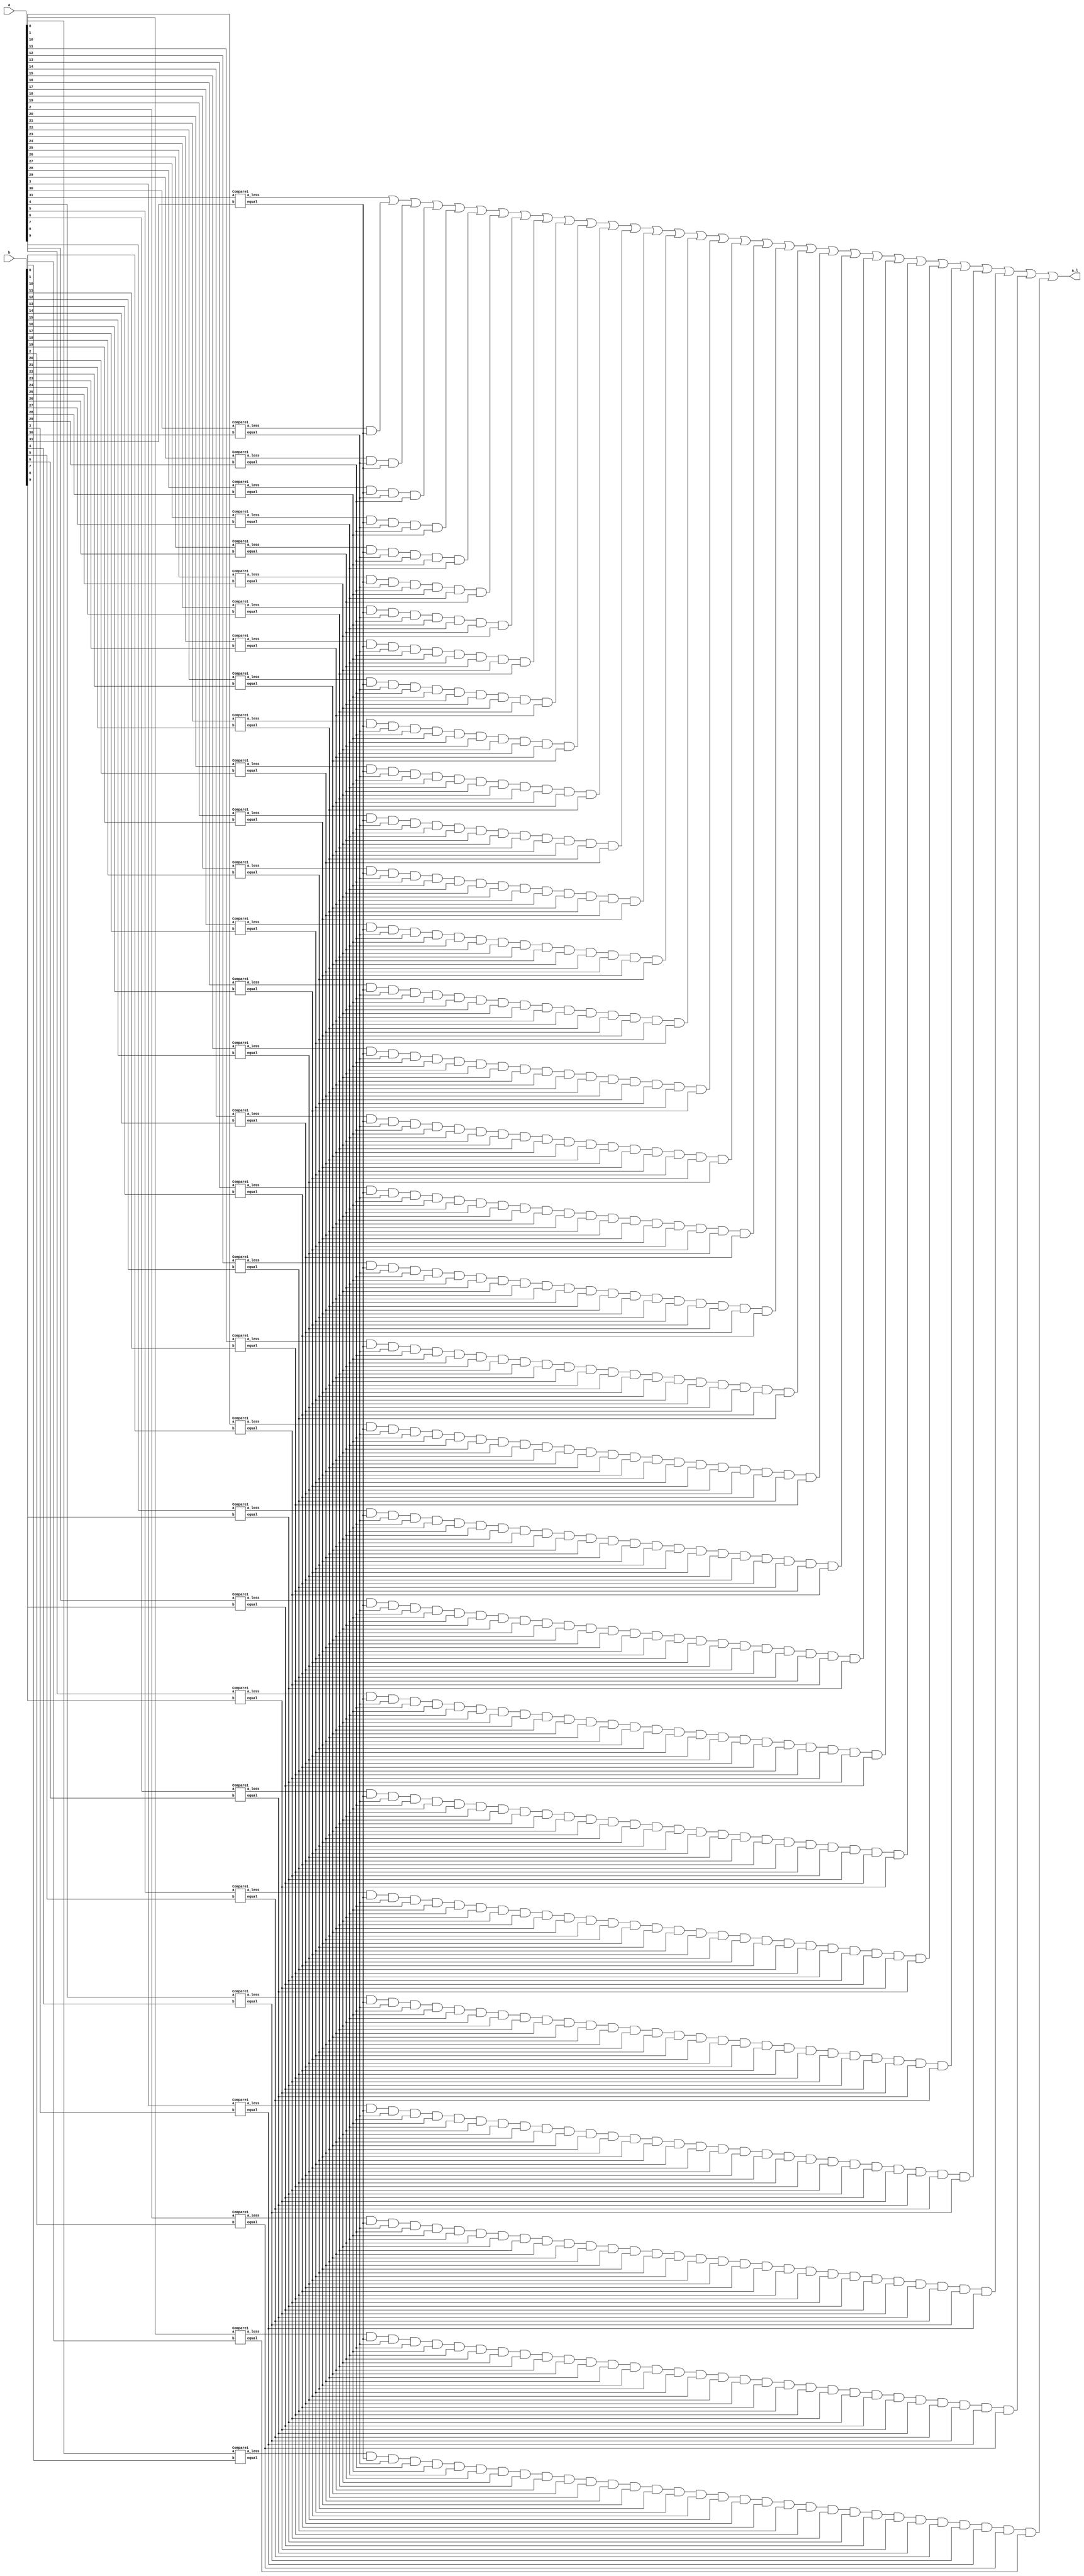
`timescale 1ns / 1ps

module comparator(
    input [31:0] a,
    input [31:0] b,
    output a_l
    );
    
    wire [31:0] E, A;
    Compare1 cp0(a[0], b[0], E[0], A[0]);
    Compare1 cp1(a[1], b[1], E[1], A[1]);
    Compare1 cp2(a[2], b[2], E[2], A[2]);
    Compare1 cp3(a[3], b[3], E[3], A[3]);
    Compare1 cp4(a[4], b[4], E[4], A[4]);
    Compare1 cp5(a[5], b[5], E[5], A[5]);
    Compare1 cp6(a[6], b[6], E[6], A[6]);
    Compare1 cp7(a[7], b[7], E[7], A[7]);
    Compare1 cp8(a[8], b[8], E[8], A[8]);
    Compare1 cp9(a[9], b[9], E[9], A[9]);
    Compare1 cp10(a[10], b[10], E[10], A[10]);
    Compare1 cp11(a[11], b[11], E[11], A[11]);
    Compare1 cp12(a[12], b[12], E[12], A[12]);
    Compare1 cp13(a[13], b[13], E[13], A[13]);
    Compare1 cp14(a[14], b[14], E[14], A[14]);
    Compare1 cp15(a[15], b[15], E[15], A[15]);
    Compare1 cp16(a[16], b[16], E[16], A[16]);
    Compare1 cp17(a[17], b[17], E[17], A[17]);
    Compare1 cp18(a[18], b[18], E[18], A[18]);
    Compare1 cp19(a[19], b[19], E[19], A[19]);
    Compare1 cp20(a[20], b[20], E[20], A[20]);
    Compare1 cp21(a[21], b[21], E[21], A[21]);
    Compare1 cp22(a[22], b[22], E[22], A[22]);
    Compare1 cp23(a[23], b[23], E[23], A[23]);
    Compare1 cp24(a[24], b[24], E[24], A[24]);
    Compare1 cp25(a[25], b[25], E[25], A[25]);
    Compare1 cp26(a[26], b[26], E[26], A[26]);
    Compare1 cp27(a[27], b[27], E[27], A[27]);
    Compare1 cp28(a[28], b[28], E[28], A[28]);
    Compare1 cp29(a[29], b[29], E[29], A[29]);
    Compare1 cp30(a[30], b[30], E[30], A[30]);
    Compare1 cp31(a[31], b[31], E[31], A[31]);
    
    
    assign a_l =  ( A[31] |
                   (A[30]&E[31]) |
                   (A[29]&E[30]&E[31]) | 
                   (A[28]&E[31]&E[30]&E[29]) |
                   (A[27]&E[31]&E[30]&E[29]&E[28]) |
                   (A[26]&E[31]&E[30]&E[29]&E[28]&E[27]) |
                   (A[25]&E[31]&E[30]&E[29]&E[28]&E[27]&E[26]) |
                   (A[24]&E[31]&E[30]&E[29]&E[28]&E[27]&E[26]&E[25]) |
                   (A[23]&E[31]&E[30]&E[29]&E[28]&E[27]&E[26]&E[25]&E[24]) |
                   (A[22]&E[31]&E[30]&E[29]&E[28]&E[27]&E[26]&E[25]&E[24]&E[23]) |
                   (A[21]&E[31]&E[30]&E[29]&E[28]&E[27]&E[26]&E[25]&E[24]&E[23]&E[22]) |
                   (A[20]&E[31]&E[30]&E[29]&E[28]&E[27]&E[26]&E[25]&E[24]&E[23]&E[22]&E[21]) |
                   (A[19]&E[31]&E[30]&E[29]&E[28]&E[27]&E[26]&E[25]&E[24]&E[23]&E[22]&E[21]&E[20]) | 
                   (A[18]&E[31]&E[30]&E[29]&E[28]&E[27]&E[26]&E[25]&E[24]&E[23]&E[22]&E[21]&E[20]&E[19]) |
                   (A[17]&E[31]&E[30]&E[29]&E[28]&E[27]&E[26]&E[25]&E[24]&E[23]&E[22]&E[21]&E[20]&E[19]&E[18]) |
                   (A[16]&E[31]&E[30]&E[29]&E[28]&E[27]&E[26]&E[25]&E[24]&E[23]&E[22]&E[21]&E[20]&E[19]&E[18]&E[17]) |
                   (A[15]&E[31]&E[30]&E[29]&E[28]&E[27]&E[26]&E[25]&E[24]&E[23]&E[22]&E[21]&E[20]&E[19]&E[18]&E[17]&E[16]) | 
                   (A[14]&E[31]&E[30]&E[29]&E[28]&E[27]&E[26]&E[25]&E[24]&E[23]&E[22]&E[21]&E[20]&E[19]&E[18]&E[17]&E[16]&E[15]) |
                   (A[13]&E[31]&E[30]&E[29]&E[28]&E[27]&E[26]&E[25]&E[24]&E[23]&E[22]&E[21]&E[20]&E[19]&E[18]&E[17]&E[16]&E[15]&E[14]) |
                   (A[12]&E[31]&E[30]&E[29]&E[28]&E[27]&E[26]&E[25]&E[24]&E[23]&E[22]&E[21]&E[20]&E[19]&E[18]&E[17]&E[16]&E[15]&E[14]&E[13]) | 
                   (A[11]&E[31]&E[30]&E[29]&E[28]&E[27]&E[26]&E[25]&E[24]&E[23]&E[22]&E[21]&E[20]&E[19]&E[18]&E[17]&E[16]&E[15]&E[14]&E[13]&E[12]) |
                   (A[10]&E[31]&E[30]&E[29]&E[28]&E[27]&E[26]&E[25]&E[24]&E[23]&E[22]&E[21]&E[20]&E[19]&E[18]&E[17]&E[16]&E[15]&E[14]&E[13]&E[12]&E[11]) |
                   (A[9] &E[31]&E[30]&E[29]&E[28]&E[27]&E[26]&E[25]&E[24]&E[23]&E[22]&E[21]&E[20]&E[19]&E[18]&E[17]&E[16]&E[15]&E[14]&E[13]&E[12]&E[11]&E[10]) |
                   (A[8] &E[31]&E[30]&E[29]&E[28]&E[27]&E[26]&E[25]&E[24]&E[23]&E[22]&E[21]&E[20]&E[19]&E[18]&E[17]&E[16]&E[15]&E[14]&E[13]&E[12]&E[11]&E[10]&E[9]) |
                   (A[7] &E[31]&E[30]&E[29]&E[28]&E[27]&E[26]&E[25]&E[24]&E[23]&E[22]&E[21]&E[20]&E[19]&E[18]&E[17]&E[16]&E[15]&E[14]&E[13]&E[12]&E[11]&E[10]&E[9]&E[8]) |
                   (A[6] &E[31]&E[30]&E[29]&E[28]&E[27]&E[26]&E[25]&E[24]&E[23]&E[22]&E[21]&E[20]&E[19]&E[18]&E[17]&E[16]&E[15]&E[14]&E[13]&E[12]&E[11]&E[10]&E[9]&E[8]&E[7]) |
                   (A[5] &E[31]&E[30]&E[29]&E[28]&E[27]&E[26]&E[25]&E[24]&E[23]&E[22]&E[21]&E[20]&E[19]&E[18]&E[17]&E[16]&E[15]&E[14]&E[13]&E[12]&E[11]&E[10]&E[9]&E[8]&E[7]&E[6]) |
                   (A[4] &E[31]&E[30]&E[29]&E[28]&E[27]&E[26]&E[25]&E[24]&E[23]&E[22]&E[21]&E[20]&E[19]&E[18]&E[17]&E[16]&E[15]&E[14]&E[13]&E[12]&E[11]&E[10]&E[9]&E[8]&E[7]&E[6]&E[5]) |
                   (A[3] &E[31]&E[30]&E[29]&E[28]&E[27]&E[26]&E[25]&E[24]&E[23]&E[22]&E[21]&E[20]&E[19]&E[18]&E[17]&E[16]&E[15]&E[14]&E[13]&E[12]&E[11]&E[10]&E[9]&E[8]&E[7]&E[6]&E[5]&E[4]) |
                   (A[2] &E[31]&E[30]&E[29]&E[28]&E[27]&E[26]&E[25]&E[24]&E[23]&E[22]&E[21]&E[20]&E[19]&E[18]&E[17]&E[16]&E[15]&E[14]&E[13]&E[12]&E[11]&E[10]&E[9]&E[8]&E[7]&E[6]&E[5]&E[4]&E[3]) |
                   (A[1] &E[31]&E[30]&E[29]&E[28]&E[27]&E[26]&E[25]&E[24]&E[23]&E[22]&E[21]&E[20]&E[19]&E[18]&E[17]&E[16]&E[15]&E[14]&E[13]&E[12]&E[11]&E[10]&E[9]&E[8]&E[7]&E[6]&E[5]&E[4]&E[3]&E[2]) |
                   (A[0] &E[31]&E[30]&E[29]&E[28]&E[27]&E[26]&E[25]&E[24]&E[23]&E[22]&E[21]&E[20]&E[19]&E[18]&E[17]&E[16]&E[15]&E[14]&E[13]&E[12]&E[11]&E[10]&E[9]&E[8]&E[7]&E[6]&E[5]&E[4]&E[3]&E[2]&E[1])
                    );    
    
endmodule


module Compare1(
    input a,
    input b,
    output equal, 
    output a_less
    );
    
    assign equal = (a&b) | (~a & ~b);
    assign a_less = (~a & b);
        
endmodule